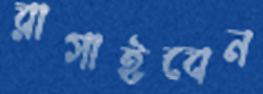
রাগাইবেন